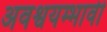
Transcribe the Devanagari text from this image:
अवश्वयम्भावी